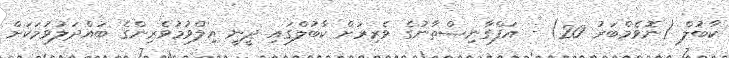
ކާބުލް (ނޮވެމްބަރު 20) - އަފްގާނިސްތާނުގެ ވެރިރަށް ކާބުލްގައި ދީނީ އިލްވުމުވެރިންގެ ބައްދަލުވުމަކަށް